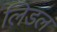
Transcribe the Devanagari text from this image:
लिडल